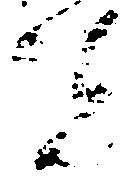
宜